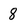
Character: 8